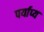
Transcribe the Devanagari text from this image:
पर्याप्य